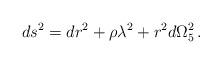
LaTeX: \begin{align*}ds^2=dr^2+\rho\lambda^2+r^2d\Omega_5^2\, .\end{align*}